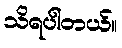
သိရပါတယ်။